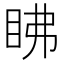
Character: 䀟